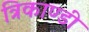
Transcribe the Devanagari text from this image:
त्रिकाण्डी